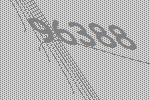
96388